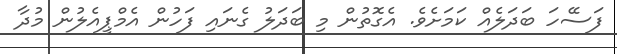
ފަސޭހަ ބަދަލެއް ކަމަށެވެ. އެގޮތުން މި ބަދަލު ގެނައި ފަހުން އެމްޕީއެލުން މުދާ